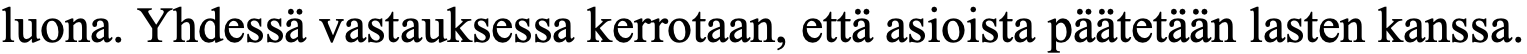
luona. Yhdessä vastauksessa kerrotaan, että asioista päätetään lasten kanssa.